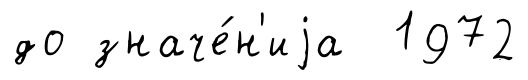
до значе́н'иjа 1972